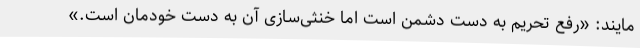
مایند: «رفع تحریم به دست دشمن است اما خنثی‌سازی آن به دست خودمان است.»